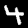
Digit: 4